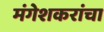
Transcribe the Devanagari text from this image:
मंगेशकरांचा